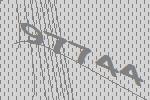
97744